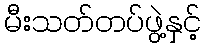
မီးသတ်တပ်ဖွဲ့နှင့်